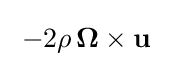
\;-2\rho \,\mathbf {\Omega } \times \mathbf {u} \;